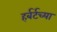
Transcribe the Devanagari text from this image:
हर्बर्टच्या